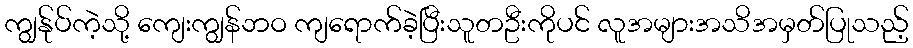
ကျွန်ုပ်ကဲ့သို့ ကျေးကျွန်ဘဝ ကျရောက်ခဲ့ပြီးသူတဦးကိုပင် လူအများအသိအမှတ်ပြုသည့်